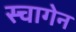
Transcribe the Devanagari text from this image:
स्चागेन